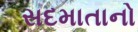
સદમાતાનો